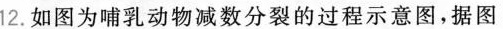
12.如图为哺乳动物减数分裂的过程示意图，据图